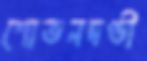
শোভনদণ্ডী